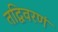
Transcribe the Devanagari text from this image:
तद्विवरणं